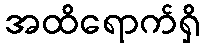
အထိရောက်ရှိ